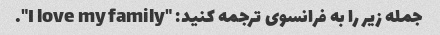
جمله زیر را به فرانسوی ترجمه کنید: "I love my family".